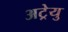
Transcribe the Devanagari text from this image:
अट्रेयु